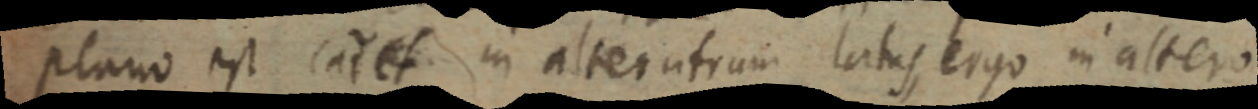
plano est caI et in alterutrum latus ergo in altero